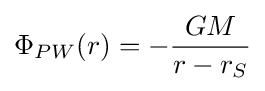
\Phi _{PW}(r)=-{\frac {GM}{r-r_{S}}}